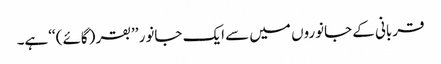
قربانی کے جانوروں میں سے ایک جانور ’’بقر (گائے) ‘‘ہے۔